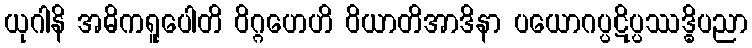
ယုဂါနိ အဓိကရူပေါတိ ဝိဂ္ဂဟေဟိ ဝိယာတိအာဒိနာ ပယောဂပ္ပဋိပ္ပဿဒ္ဓိပညာ